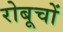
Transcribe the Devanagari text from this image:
रोबूचों